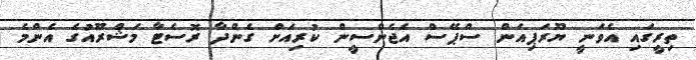
ތިރީގައި އެވަނީ ޔޫރަޕިއަން ސްޕޭސް އެޖެންސީން ކުރިއަށް ގެންދާ ރޮސެޓާ މަޝްރޫއުގެ އެންމެ